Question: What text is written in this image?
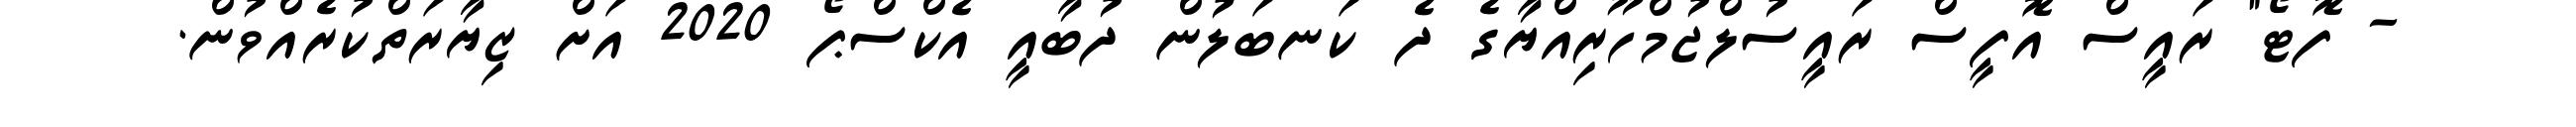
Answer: - ފޮޓޯ" ރައީސް އޮފީސް ރައީސުލްޖުމްހޫރިއްޔާގެ ދެ ކަނބަލުން ދުބާއީ އެކްސްޕޯ 2020 އަށް ޒިޔާރަތްކުރެއްވުން.